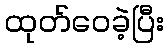
ထုတ်ဝေခဲ့ပြီး